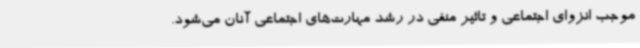
موجب انزوای اجتماعی و تاثیر منفی در رشد مهارت‌های اجتماعی آنان می‌شود.